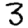
Digit: 3